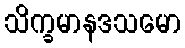
သိက္ခမာနဒသမော